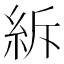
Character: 𥿊